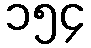
၁၅၄